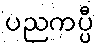
ပညကပ္ပီ